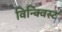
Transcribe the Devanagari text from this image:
विन्क्विस्ट